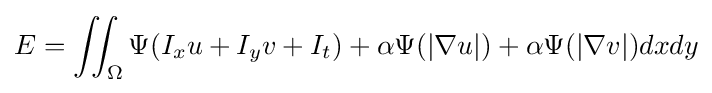
E=\iint _{\Omega }\Psi (I_{x}u+I_{y}v+I_{t})+\alpha \Psi (|\nabla u|)+\alpha \Psi (|\nabla v|)dxdy